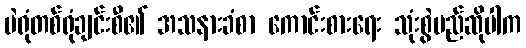
မဲရုံတစ်ရုံချင်းစီ၏ အသနားခံစာ ကောင်းစားရေး သုံးစွဲမည်ဆိုပါက